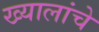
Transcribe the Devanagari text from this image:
ख्यालांचे